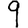
Digit: 9